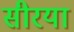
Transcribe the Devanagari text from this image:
सीरया